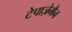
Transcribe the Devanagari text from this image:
टेपाज़ेमैन